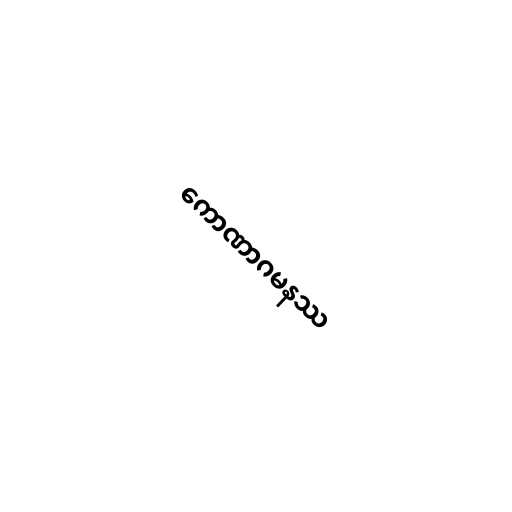
ကောဏာဂမနဿ